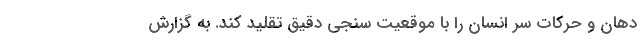
دهان و حرکات سر انسان را با موقعیت سنجی دقیق تقلید کند. به گزارش